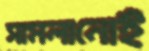
সামলানোই